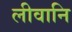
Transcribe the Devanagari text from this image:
लीवानि